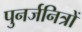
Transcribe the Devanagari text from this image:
पुनर्जनित्रों